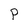
Character: P